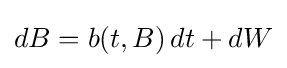
dB=b(t,B)\,dt+dW